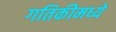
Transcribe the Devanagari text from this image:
गतिकीमध्ये